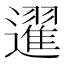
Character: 䢰